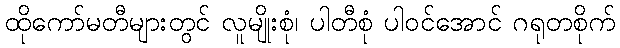
ထိုကော်မတီများတွင် လူမျိုးစုံ၊ ပါတီစုံ ပါဝင်အောင် ဂရုတစိုက်